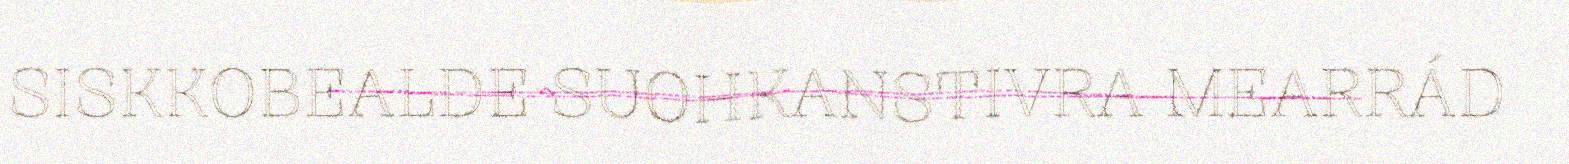
SISKKOBEALDE SUOHKANSTIVRA MEARRÁD